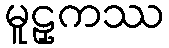
မူဠှကဿ